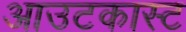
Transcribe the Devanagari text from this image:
आउटकास्ट